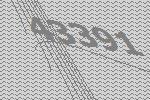
43391